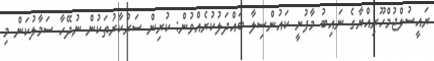
ރައީސުލްޖުމްހޫރިއްޔާގެ ނައިބު މާފުށީ ކައުންސިލާ ބައްދަލުކުރެއްވުން: ކުރިން ސަރުކާރުތަކުން ނުދޭހާ ސަމާލުކަން މި